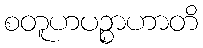
စတူဟပဉ္စာဟာတိ